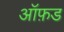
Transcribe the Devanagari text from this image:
आॅफ़ड